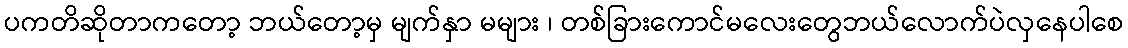
ပကတိဆိုတာကတော့ ဘယ်တော့မှ မျက်နှာ မများ ၊ တစ်ခြားကောင်မလေးတွေဘယ်လောက်ပဲလှနေပါစေ